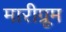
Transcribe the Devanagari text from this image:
मारीग्रूम